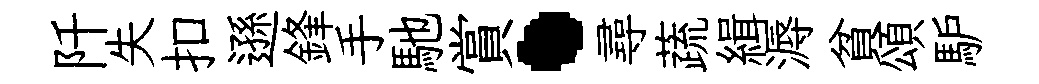
阡失扣遜鋒手馳賞·尋蔬緝溽貧頌馿